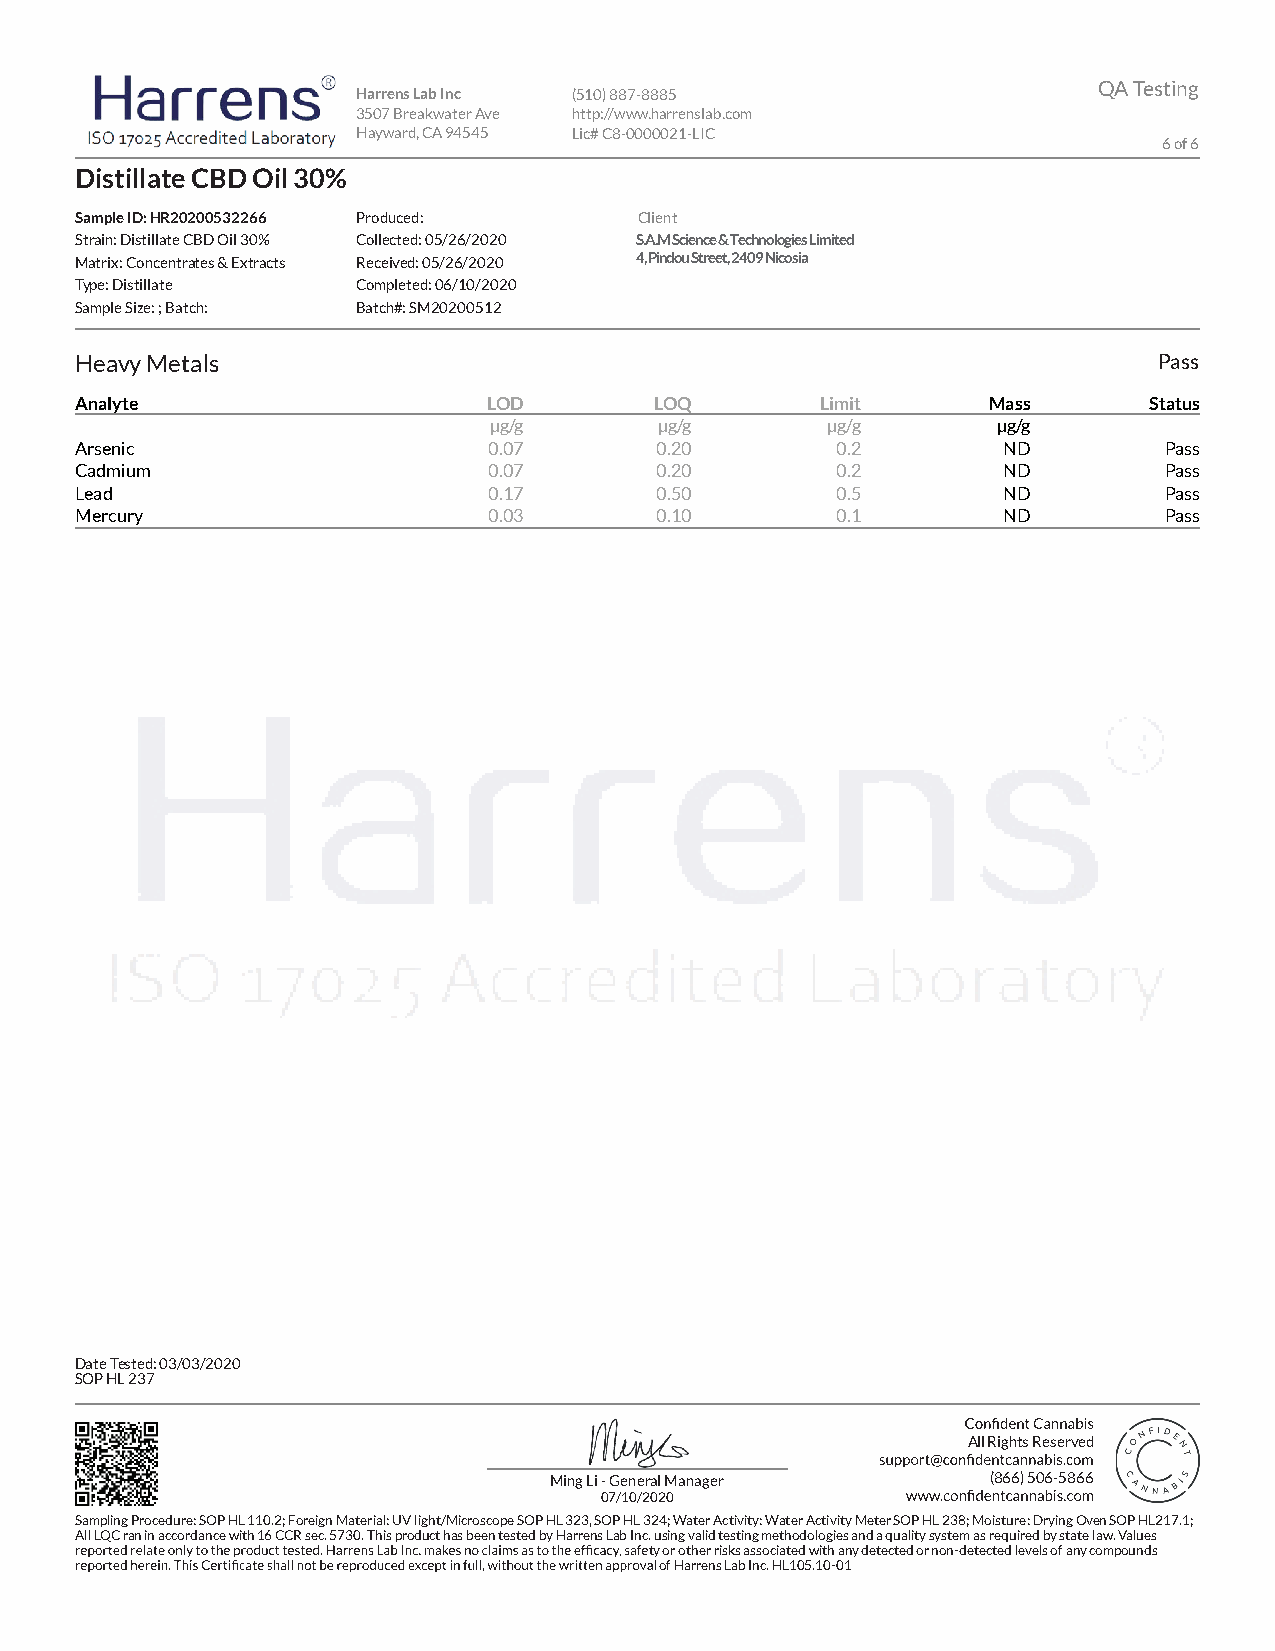
QA Testing
 Harrens Lab Inc (510) 887-8885
 3507 Breakwater Ave http://www.harrenslab.com
 Hayward, CA 94545 Lic# C8-0000021-LIC
 6 of 6
 Distillate CBD Oil 30%
 Sample ID: HR20200532266 Produced:   Client
 Strain: Distillate CBD Oil 30% Collected: 05/26/2020 S.A.M Science & Technologies Limited
 Matrix: Concentrates & Extracts Received: 05/26/2020 4, Pindou Street, 2409 Nicosia
 Type: Distillate   Completed: 06/10/2020
 Sample Size: ; Batch: Batch#: SM20200512
 Heavy Metals                                                            Pass
 Analyte                    LOD        LOQ        Limit      Mass       Status
 µg/g        µg/g       µg/g       µg/g
 Arsenic                    0.07       0.20        0.2        ND         Pass
 Cadmium                    0.07       0.20        0.2        ND         Pass
 Lead                       0.17       0.50        0.5        ND         Pass
 Mercury                    0.03       0.10        0.1        ND         Pass
 Date Tested: 03/03/2020
 SOP HL 237
 All Rights Reserved
 Ming Li - General Manager     (866) 506-5866
 07/10/2020
 Sampling Procedure: SOP HL 110.2; Foreign Material: UV light/Microscope SOP HL 323, SOP HL 324; Water Activity: Water Activity Meter SOP HL 238; Moisture: Drying Oven SOP HL217.1;
 All LQC ran in accordance with 16 CCR sec. 5730. This product has been tested by Harrens Lab Inc. using valid testing methodologies and a quality system as required by state law. Values
 ty or other risks associated with any detected or non-detected levels of any compounds
 l of Harrens Lab Inc. HL105.10-01